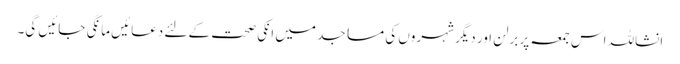
انشاللہ اس جمعہ پر برلن اور دیگر شہروں کی مساجد میں انکی صحت کے لئے دعائیں مانگی جائیں گی۔